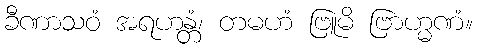
ခီဏာသဝံ အရဟန္တံ၊ တမဟံ ဗြူမိ ဗြာဟ္မဏံ။